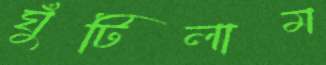
ঘুঁটিলাম